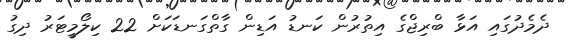
ދެމެދުގައި އަޅާ ބްރިޖްގެ އިތުރުން ކަނޑު އަޑިން ގާތްގަނޑަކަށް 22 ކިލޯމީޓަރު ދިގު